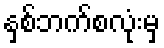
နှစ်ဘက်စလုံးမှ